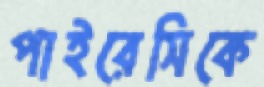
পাইরেসিকে